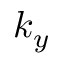
k _ { y }